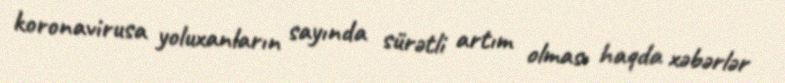
koronavirusa yoluxanların sayında sürətli artım olması haqda xəbərlər